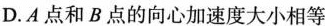
D.A点和B点的向心加速度大小相等